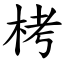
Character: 栲